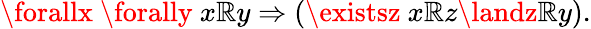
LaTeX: \forallx\ \forally\ x\mathbb{R}y\Rightarrow(\existsz\ x\mathbb{R}z\landz\mathbb{R}y).